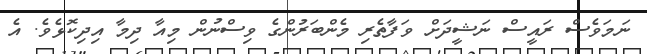
ނަމަވެސް ރައީސް ނަޝީދަށް ވަފާތެރި މެންބަރުންގެ ވިސްނުން މިއާ ދިމާ އިދިކޮޅެވެ. އެ